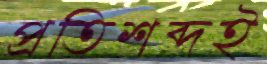
প্রতিশব্দই